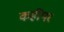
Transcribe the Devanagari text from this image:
कहींपर